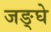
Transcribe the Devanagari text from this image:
जङ्घे